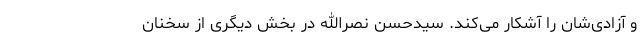
و آزادی‌شان را آشکار می‌کند. سیدحسن نصرالله در بخش دیگری از سخنان